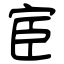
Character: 宦